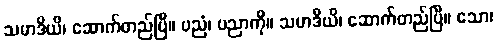
သမာဒိယိ၊ ဆောက်တည်ပြီ။ ပညံ၊ ပညာကို။ သမာဒိယိ၊ ဆောက်တည်ပြီ။ သော၊